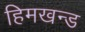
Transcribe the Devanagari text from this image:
हिमखन्ड